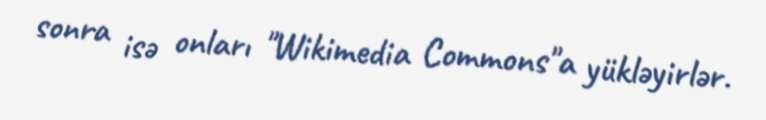
sonra isə onları "Wikimedia Commons"a yükləyirlər.